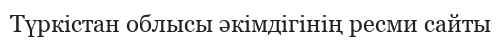
Түркістан облысы әкімдігінің ресми сайты